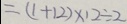
= ( 1 + 1 2 ) \times 1 2 \div 2